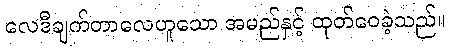
လေဒီချက်တာလေဟူသော အမည်နှင့် ထုတ်ဝေခဲ့သည်။